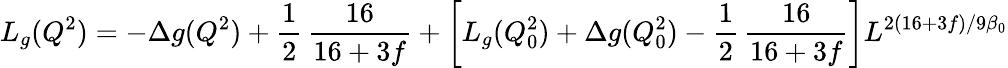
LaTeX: L_{g}(Q^{2})=-\Delta g(Q^{2})+\frac{1}{2}\, \frac{16}{16+3f}+\left[L_{g}(Q_{0}^{2})+\Delta g(Q_{0}^{2})-\frac{1}{2}\, \frac{16}{16+3f}\right]L^{2(16+3f)/9\beta_{0}}